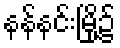
နန်နင်းမြို့၌